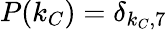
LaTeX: P(k_{C})=\delta_{k_{C},7}